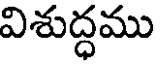
విశుద్ధము